Leaving Certificate, 1897
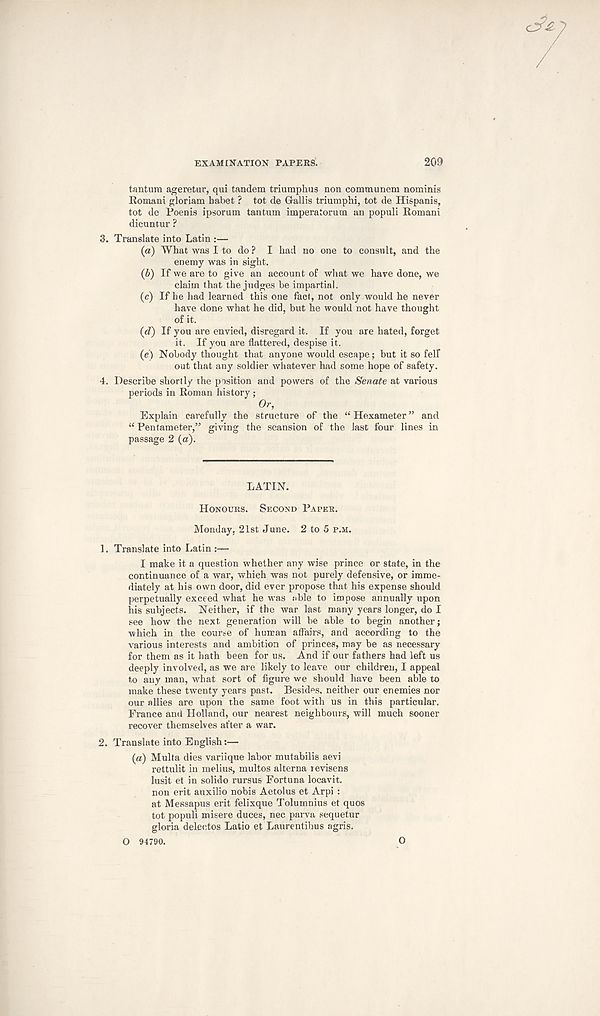
EXAMINATION PAPERS.
209
tantum ageretur, qui tandem triumphus non communem nominis
Romani gloriam habet ? tot de Grallis triumphi, tot de Hispanis,
tot de Poenis ipsorum tantum imperatorum an populi Romani
dicuntur ?
3. Translate into Latin :—
(a) What was I to do ? I had no one to consult, and the
enemy was in sight.
(5) If we are to give an account of what we have done, we
claim that the judges be impartial.
(c) If he had learned this one fact, not only would he never
have done what he did, but he would not have thought
of it.
(d) If you are envied, disregard it. If you are hated, forget
it. If you are flattered, despise it.
(ej Nobody thought that anyone would escape; but it so fell
out that any soldier whatever had some hope of safety.
4. Describe shortly the position and powers of the Senate at various
periods in Roman history ;
Or,
Explain carefully the structure of the “ Hexameter ” and
“ Pentameter,” giving the scansion of the last four lines in
passage 2 (a).
LATIN.
HONOURS. SECOND PAPER.
Monday, 21st June. 2 to 5 P.M.
1. Translate into Latin :—
I make it a question whether any wise prince or state, in the
continuance of a war, which was not purely defensive, or imme-
diately at his own door, did ever propose that his expense should
perpetually exceed what he was cble to impose annually upon
his subjects. Neither, if the war last many years longer, do I
see how the next generation will be able to begin another;
which in the course of human affairs, and according to the
various interests and ambition of princes, may be as necessary
for them as it hath been for us. And if our fathers had left us
deeply involved, as we are likely to leave our children, I appeal
to any man, what sort of figure we should have been able to
make these twenty years past. Besides, neither our enemies nor
our allies are upon the same foot with us in this particular.
France and Holland, our nearest neighbours, will much sooner
recover themselves after a war.
2. Translate into English:—
(a) Multa dies variique labor mutabilis aevi
rettulit in melius, multos alterna revisens
lusit et in solido rursus Fortuna locavit.
non erit auxilio nobis Aetolus et Arpi :
at Messapus erit felixque Tolumnius et quos
tot populi misere duces, nec parva sequetur
gloria delectos Latio et Laurentibus agris.
O 94790.
O